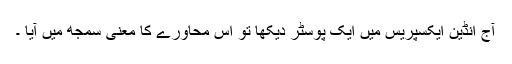
آج انڈین ایکسپریس میں ایک پوسٹر دیکھا تو اس محاورے کا معنی سمجھ میں آیا ۔